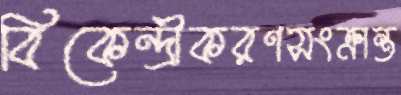
বিকেন্দ্রীকরণসংক্রান্ত